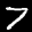
Digit: 7